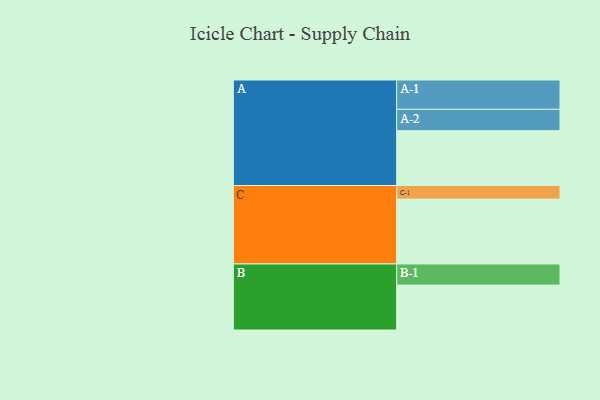
{"axis": {"x": "Segment", "y": "Value"}, "legend": ["", "A", "B", "C"], "data": [{"x": "A", "y": 436, "type": ""}, {"x": "B", "y": 357, "type": ""}, {"x": "C", "y": 516, "type": ""}, {"x": "A-1", "y": 233, "type": "A"}, {"x": "A-2", "y": 170, "type": "A"}, {"x": "B-1", "y": 168, "type": "B"}, {"x": "C-1", "y": 108, "type": "C"}]}